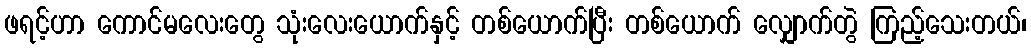
ဖရင့်ဟာ ကောင်မလေးတွေ သုံးလေးယောက်နှင့် တစ်ယောက်ပြီး တစ်ယောက် လျှောက်တွဲ ကြည့်သေးတယ်၊